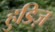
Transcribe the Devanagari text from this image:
हुडिज़